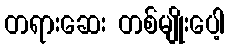
တရားဆေး တစ်မျိုးပေါ့